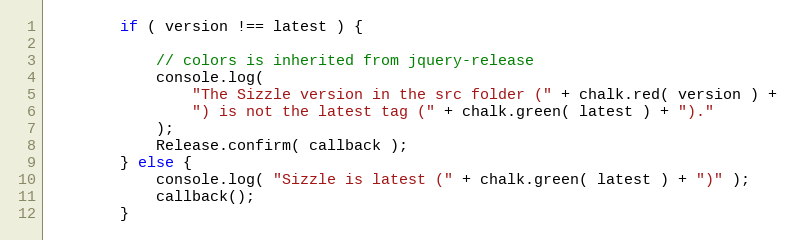
Language: JavaScript
		if ( version !== latest ) {

			// colors is inherited from jquery-release
			console.log(
				"The Sizzle version in the src folder (" + chalk.red( version ) +
				") is not the latest tag (" + chalk.green( latest ) + ")."
			);
			Release.confirm( callback );
		} else {
			console.log( "Sizzle is latest (" + chalk.green( latest ) + ")" );
			callback();
		}